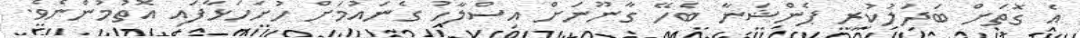
އެ ގޮތަށް ބަދަލުކުރީ ޕެންޝަނާ ބެހޭ ގާނޫނަށް އިސްލާހު ގެނައުމަށް ހުށަހަޅާފައި އޮތުމުންނެވެ.